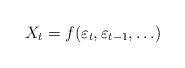
LaTeX: \begin{align*}X_t=f(\varepsilon_t,\varepsilon_{t-1},\ldots)\end{align*}